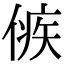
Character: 㑵